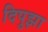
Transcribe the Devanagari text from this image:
दिपुझा